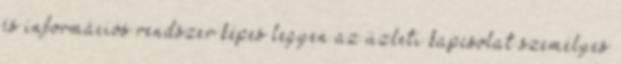
és információs rendszer képes legyen az üzleti kapcsolat személyes